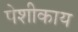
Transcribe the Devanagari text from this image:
पेशीकाय